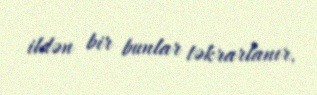
ildən bir bunlar təkrarlanır.